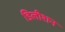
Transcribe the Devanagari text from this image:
डिलीशन